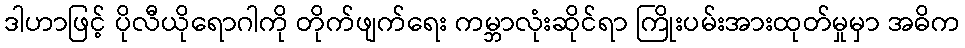
ဒါဟာဖြင့် ပိုလီယိုရောဂါကို တိုက်ဖျက်ရေး ကမ္ဘာလုံးဆိုင်ရာ ကြိုးပမ်းအားထုတ်မှုမှာ အဓိက